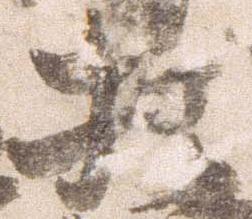
相